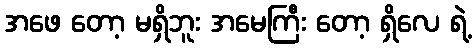
အဖေ တော့ မရှိဘူး အမေကြီး တော့ ရှိလေ ရဲ့